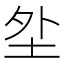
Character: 𱖗